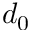
d _ { 0 }